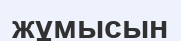
жұмысын